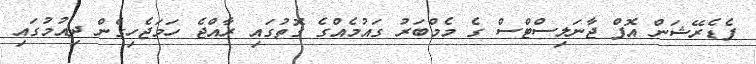
ފެޑެރޭޝަން އޮފް ޖާނަލިސްޓްސް ގެ މެމްބަރު ގައުމެއްގެ ގޮތުގައި ރާއްޖެ ހަމަޖެހިގެން ދިއުމުގައި